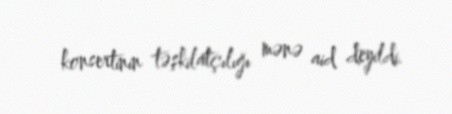
konsertinin təşkilatçılığı mənə aid deyildi.